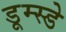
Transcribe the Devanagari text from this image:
डूम्स्डे